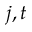
j , t